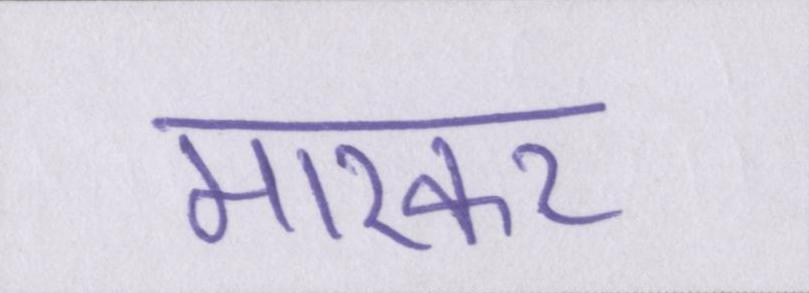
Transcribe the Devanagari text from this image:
मारकर